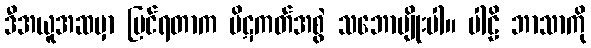
ဒီအယူအဆမှာ မြင်ရတာက ပိဋကတ်အစွဲ သဘောမျိုးပါ။ ပါဠိ ဘာသာကို